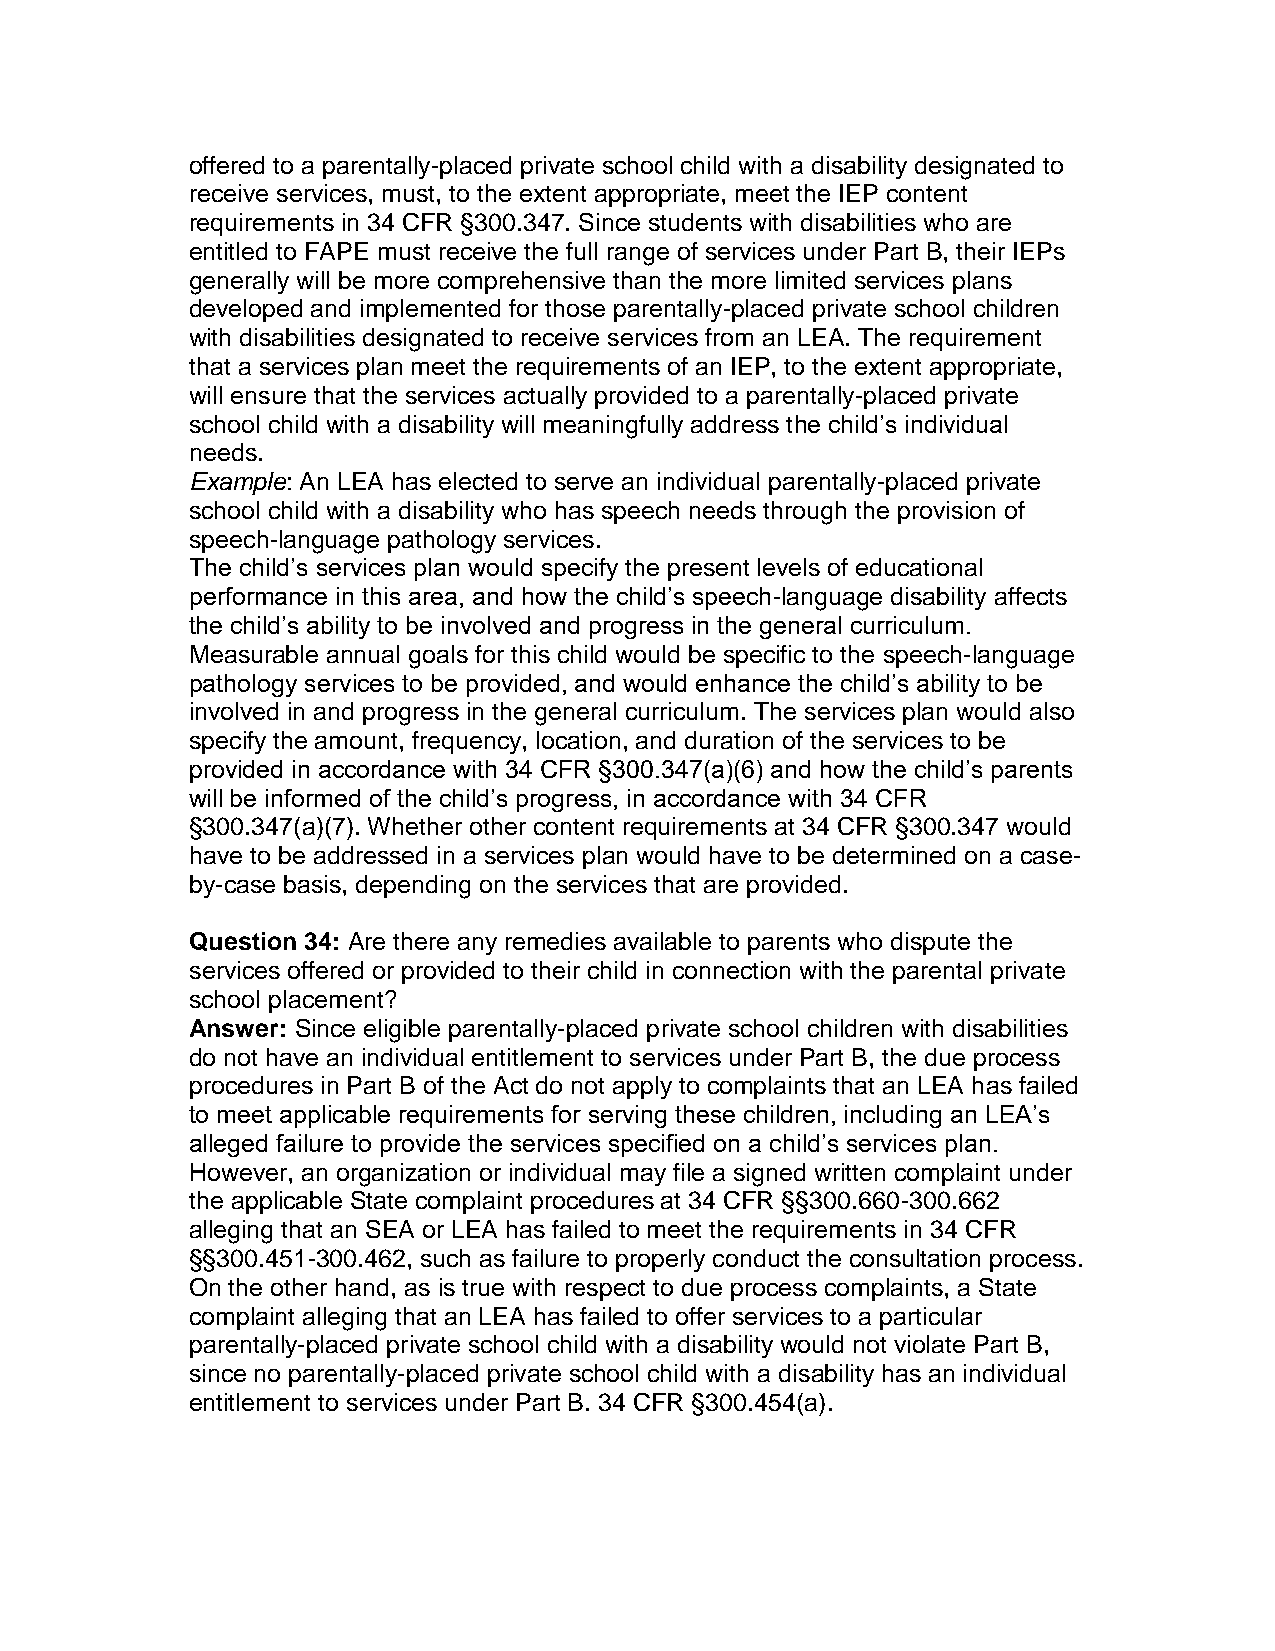
offered to a parentally-placed private school child with a disability designated to
 receive services, must, to the extent appropriate, meet the IEP content
 requirements in 34 CFR §300.347. Since students with disabilities who are
 entitled to FAPE must receive the full range of services under Part B, their IEPs
 generally will be more comprehensive than the more limited services plans
 developed and implemented for those parentally-placed private school children
 with disabilities designated to receive services from an LEA. The requirement
 that a services plan meet the requirements of an IEP, to the extent appropriate,
 will ensure that the services actually provided to a parentally-placed private
 school child with a disability will meaningfully address the child’s individual
 needs.
 Example: An LEA has elected to serve an individual parentally-placed private
 school child with a disability who has speech needs through the provision of
 speech-language pathology services.
 The child’s services plan would specify the present levels of educational
 performance in this area, and how the child’s speech-language disability affects
 the child’s ability to be involved and progress in the general curriculum.
 Measurable annual goals for this child would be specific to the speech-language
 pathology services to be provided, and would enhance the child’s ability to be
 involved in and progress in the general curriculum. The services plan would also
 specify the amount, frequency, location, and duration of the services to be
 provided in accordance with 34 CFR §300.347(a)(6) and how the child’s parents
 will be informed of the child’s progress, in accordance with 34 CFR
 §300.347(a)(7). Whether other content requirements at 34 CFR §300.347 would
 have to be addressed in a services plan would have to be determined on a case-
 by-case basis, depending on the services that are provided.
 Question 34: Are there any remedies available to parents who dispute the
 services offered or provided to their child in connection with the parental private
 school placement?
 Answer: Since eligible parentally-placed private school children with disabilities
 do not have an individual entitlement to services under Part B, the due process
 procedures in Part B of the Act do not apply to complaints that an LEA has failed
 to meet applicable requirements for serving these children, including an LEA’s
 alleged failure to provide the services specified on a child’s services plan.
 However, an organization or individual may file a signed written complaint under
 the applicable State complaint procedures at 34 CFR §§300.660-300.662
 alleging that an SEA or LEA has failed to meet the requirements in 34 CFR
 §§300.451-300.462, such as failure to properly conduct the consultation process.
 On the other hand, as is true with respect to due process complaints, a State
 complaint alleging that an LEA has failed to offer services to a particular
 parentally-placed private school child with a disability would not violate Part B,
 since no parentally-placed private school child with a disability has an individual
 entitlement to services under Part B. 34 CFR §300.454(a).